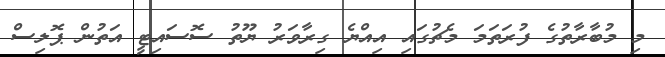
މި މުބާރާތުގެ ފުރަތަމަ މެޗުގައި އިއްޔެ ގިރާވަރު ޔޫތު ސޮސައިޓީ އަތުން ޕޮލިސް